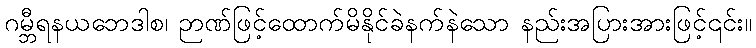
ဂမ္ဘီရနယဘေဒါစ၊ ဉာဏ်ဖြင့်ထောက်မိနိုင်ခဲနက်နဲသော နည်းအပြားအားဖြင့်၎င်း။